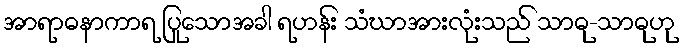
အာရာဓနာကာရ ပြုသောအခါ ရဟန်း သံဃာအားလုံးသည် သာဓု-သာဓုဟု